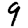
Digit: 9